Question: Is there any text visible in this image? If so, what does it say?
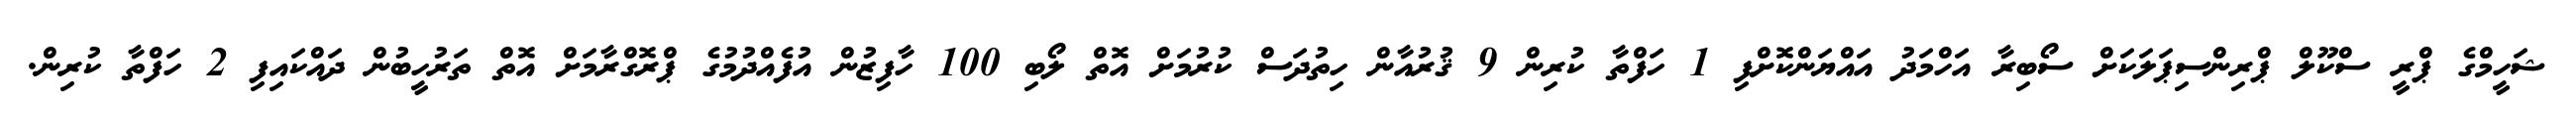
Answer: ޝަހީމްގެ ޕްރީ ސްކޫލް ޕްރިންސިޕަލަކަށް ސޯބިރާ އަހްމަދު އައްޔަންކޮށްފި 1 ހަފްތާ ކުރިން 9 ޤުރުއާން ހިތުދަސް ކުރުމަށް އޮތް ލޯބި 100 ހާފިޒުން އުފެއްދުމުގެ ޕްރޮގްރާމަށް އޮތް ތަރުހީބުން ދައްކައިފި 2 ހަފްތާ ކުރިން.